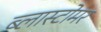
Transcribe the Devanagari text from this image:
ब्लास्टोमर